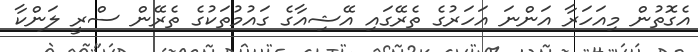
އެގޮތުން މިއަހަރާ އަންނަ އަހަރުގެ ތެރޭގައި އޭޝިއާގެ ގައުމުތަކުގެ ތެރޭން ސްރީ ލަންކާ